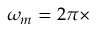
\omega _ { m } = 2 \pi \times